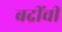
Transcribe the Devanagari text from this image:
बद्रींची